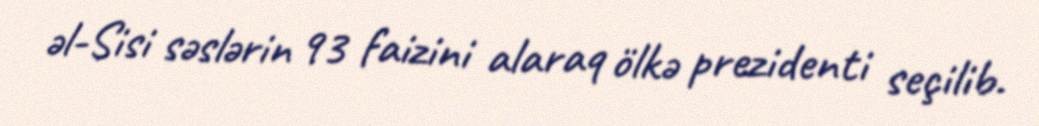
əl-Sisi səslərin 93 faizini alaraq ölkə prezidenti seçilib.